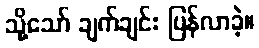
သို့သော် ချက်ချင်း ပြန်လာခဲ့။